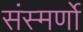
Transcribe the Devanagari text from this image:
संस्मर्णो